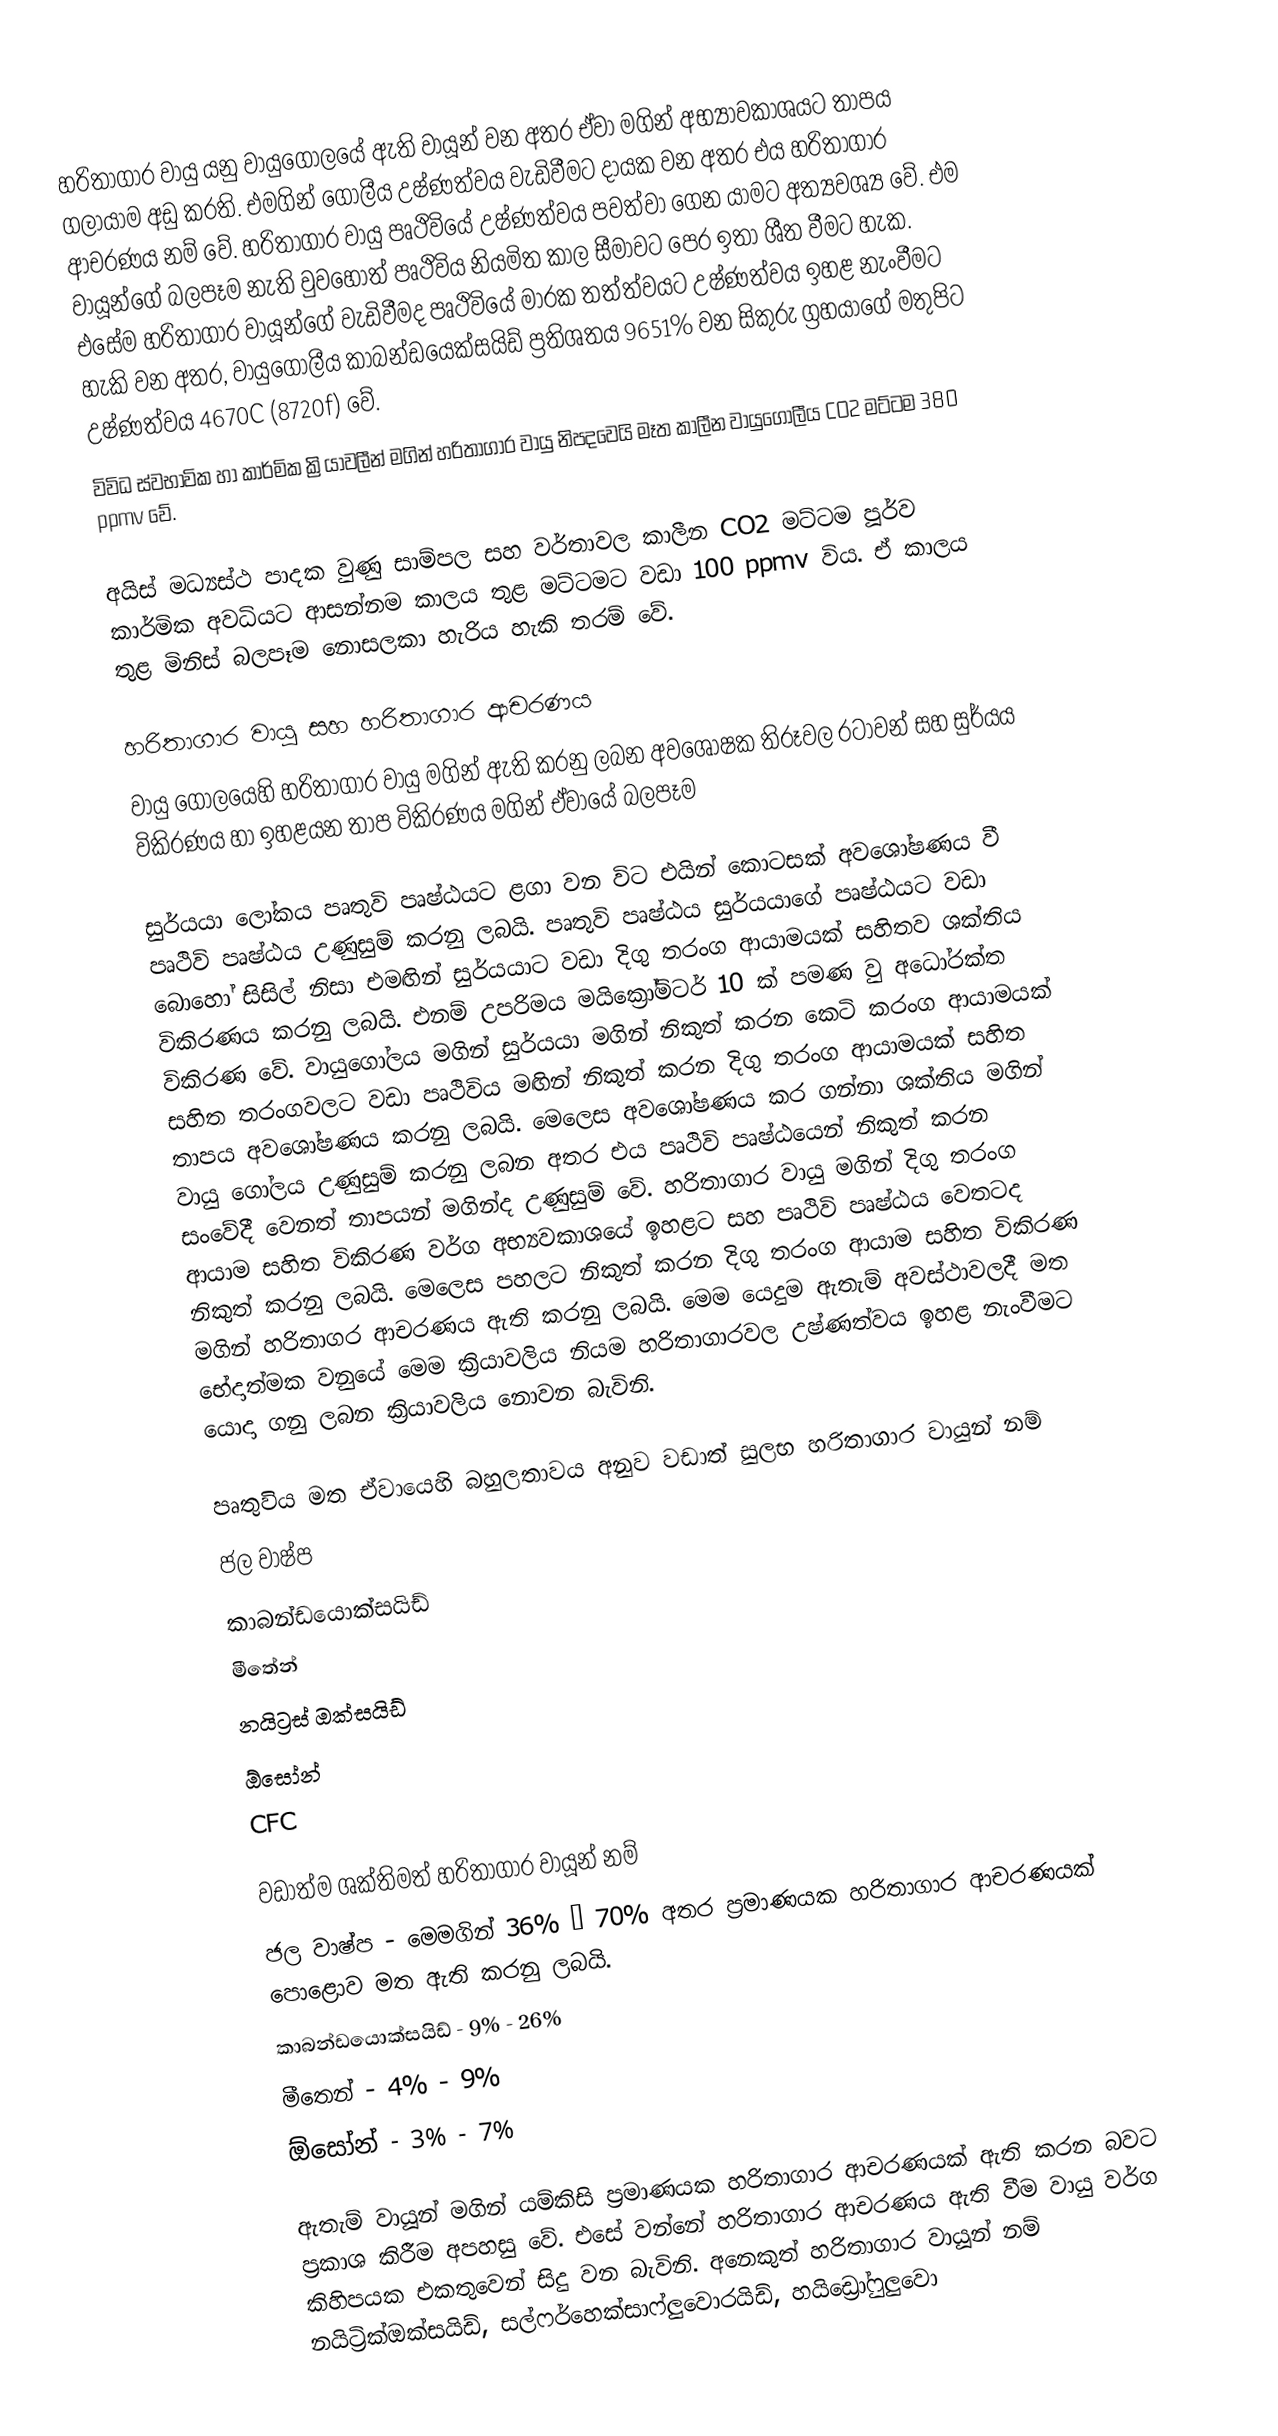
හරිතාගාර වායු යනු වායුගෝලයේ ඇති වායූන් වන අතර ඒවා මගින් අභ්‍යාවකාශයට තාපය ගලායාම අඩු කරති. එමගින් ගෝලීය උෂ්ණත්වය වැඩිවීමට දායක වන අතර එය හරිතාගාර ආචරණය නම් වේ. හරිතාගාර වායු පෘථිවියේ උෂ්ණත්වය පවත්වා ගෙන යාමට අත්‍යවශ්‍ය වේ. එම වායූන්ගේ බලපෑම නැති වුවහොත් පෘථිවිය නියමිත කාල සීමාවට පෙර ඉතා ශීත වීමට හැක. එසේම හරිතාගාර වායූන්ගේ වැඩිවීමද පෘථිවියේ මාරක තත්ත්වයට උෂ්ණත්වය ඉහළ නැංවීමට හැකි වන අතර, වායුගෝලීය කාබන්ඩයෙක්සයිඩ් ප්‍රතිශතය 9651% වන සිකුරු ග්‍රහයාගේ මතුපිට උෂ්ණත්වය 4670C (8720f) වේ.
විවිධ ස්වභාවික හා කාර්මික ක්‍රියාවලීන් මගින් හරිතාගාර වායු නිපදවෙයි මෑත කාලීන වායුගෝලීය CO2 මට්ටම 380 ppmv වේ.

අයිස් මධ්‍යස්ථ පාදක වුණු සාම්පල සහ වර්තාවල කාලීන CO2 මට්ටම පූර්ව කාර්මික අවධියට ආසන්නම කාලය තුළ මට්ටමට වඩා 100 ppmv විය. ඒ කාලය තුළ මිනිස් බලපෑම නොසලකා හැරිය හැකි තරම් වේ.

හරිතාගාර වායු සහ හරිතාගාර ආචරණය
වායු ගෝලයෙහි හරිතාගාර වායු මගින් ඇති කරනු ලබන අවශෝෂක තිරූවල රටාවන් සහ සුර්යය විකිරණය හා ඉහළයන තාප විකිරණය මගින් ඒව‍ායේ බලපෑම

සුර්යයා ලෝකය පෘතුවි පෘෂ්ඨයට ළගා වන විට එයින් කොටසක් අවශෝෂණය වී පෘථිවි පෘෂ්ඨය උණුසුම් කරනු ලබයි. පෘතුවි පෘෂ්ඨය සුර්යයාගේ පෘෂ්ඨයට වඩා බොහෝ සිසිල් නිසා එමඟින් සුර්යයාට වඩා දිගු තරංග ආයාමයක් සහිතව ශක්තිය විකිරණය කරනු ලබයි. එනම් උපරිමය මයික්‍රෝමිටර් 10 ක් පමණ වු අධෝරක්ත විකිරණ වේ. වා‍යුගෝලය මගින් සුර්යයා මගින් නිකුත් කරන කෙටි කරංග ආයාමයක් සහිත තරංගවලට වඩා පෘථිවිය මඟින් නිකුත් කරන දිගු තරංග ආයාමයක් සහිත තාපය අවශෝෂණය කරනු ලබයි. මෙලෙස අවශෝෂණය කර ගන්නා ශක්තිය මගින් වායු ගෝලය උණුසුම් කරනු ලබන අතර එය පෘථිවි පෘෂ්ඨයෙන් නිකුත් කරන සංවේදී වෙනත් තාපයන් මගින්ද උණුසුම් වේ. හරිතාගාර වායු මගින් දිගු තරංග ආයාම සහිත විකිරණ වර්ග අභ්‍යවකාශයේ ඉහළට සහ පෘථිවි පෘෂ්ඨය වෙතටද නිකුත් කරනු ලබයි. මෙලෙස පහලට නිකුත් කරන දිගු තරංග ආයාම සහිත විකිරණ මගින් හරිතා‍ගර ආචරණය ඇති කරනු ලබයි. මෙම යෙදුම ඇතැම් අවස්ථාවලදී මත භේදාත්මක වනුයේ මෙම ක්‍රියාවලිය නියම හරිතාගාරවල උෂ්ණත්වය ඉහළ නැංවීමට යොදා ගනු ලබන ක්‍රියාවලිය නොවන බැවිනි.

පෘතුවිය මත ඒවායෙහි බහුලතාවය අනුව වඩාත් සුලභ හරිතාගාර වායුන් නම්
	ජල වාෂ්ප
	කාබන්ඩයොක්සයිඩ්
	මීතේන්
	නයිට්‍රස් ඔක්සයිඩ්
	ඕසෝන්
	CFC

වඩාත්ම ශක්තිමත් හරිතාගාර වායූන් නම්
	ජල වාෂ්ප - මෙමගින් 36% – 70% අතර ප්‍රමාණයක හරිතාගාර ආචරණයක් පොළොව මත ඇති කරනු ලබයි.
	කාබන්ඩයොක්සයිඩ් - 9% - 26%
	මීතෙන් - 4% - 9%
	ඕසෝන් - 3% - 7%

ඇතැම් වායූන් මගින් යම්කිසි ප්‍රමාණයක හරිතාගාර ආචරණයක් ඇති කරන බවට ප්‍රකාශ කිරීම අපහසු වේ. එසේ වන්නේ හරිතාගාර ආචරණය ඇති වීම වායු වර්ග කිහිපයක එකතුවෙන් සිදු වන බැවිනි. අනෙකුත් හරිතාගාර වායූන් නම් නයිට්‍රික්ඔක්සයිඩ්, සල්ෆර්හෙක්සාෆ්ලුවොරයිඩ්, හයිඩ්‍රෝෆුලුවො